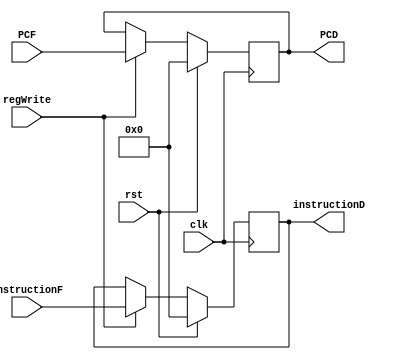
`timescale 1ns / 1ps
//////////////////////////////////////////////////////////////////////////////////
// Company: 
// Engineer: 
// 
// Design Name: 
// Module Name: FtoD
// Project Name: 
// Target Devices: 
// Tool Versions: 
// Description: 
// 
// Dependencies: 
// 
// Revision:
// Revision 0.01 - File Created
// Additional Comments:
// 
//////////////////////////////////////////////////////////////////////////////////


module FtoD(clk, rst, regWrite, instructionF,  PCF, instructionD, PCD);

    output reg [31: 0] instructionD, PCD;
    input [31:0] instructionF, PCF;
    input clk, rst, regWrite;
    
     always @(posedge clk)begin
        if(rst) begin
           instructionD <= 32'd0;
           PCD <= 32'd0;
           end
        else begin
            if(regWrite==1) begin
                instructionD <= instructionF;
                PCD <= PCF;
                end
            end
       end
endmodule